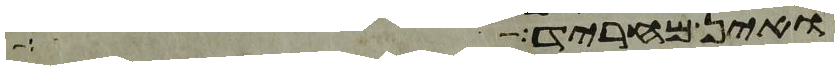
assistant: ואין מחריד